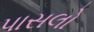
પાસલો